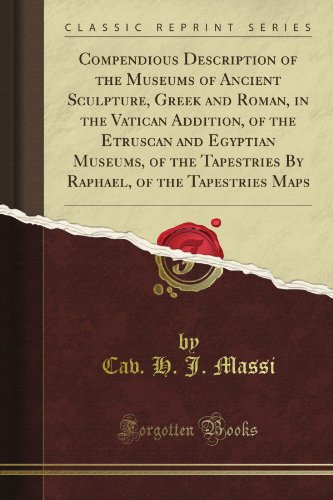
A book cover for Compendious Description of the Museums of Ancient Sculpture, Greek and Roman, in the Vatican Addition, of the Etruscan and Egyptian Museums, of the ... of the Tapestries Maps (Classic Reprint); Cav. H. J. Massi; Travel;